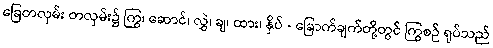
ခြေတလှမ်း တလှမ်း၌ ကြွ၊ ဆောင်၊ လွှဲ၊ ချ၊ ထား၊ နှိပ် - ခြောက်ချက်တို့တွင် ကြွစဉ် ရုပ်သည်